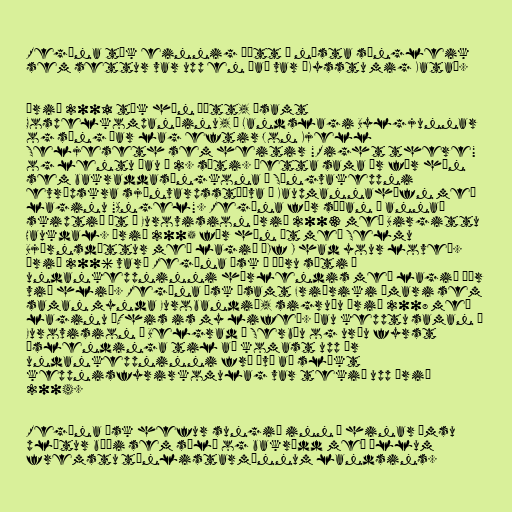
Regína tók einnig þátt í næsta söngleik
sem settur var upp en það var „Kysstu mig Kata“.

Árið 2001 tók hún þátt, ásamt
Gospelkompaníinu, í Landslagi Bylgjunnar
og söng þar lag eftir Jon Kjell
Seljeseth sem heitir "Right there"
og lentu þau í 2. sæti. Þetta sama ár fór hún
sem bakraddasöngkona í Söngvakeppni
evrópskra sjónvarpsstöðva í Kaupmannahöfn með
laginu "Angel". Regína fór síðan í annað
skiptið út í Eurovision árið 2003 með Birgittu
Haukdal. Árið 2005 fór hún út með Selmu
Björnsdóttur með lagið „If I had your love“.
Árið 2006 varð Regína Ósk í öðru sæti í
undankeppninni hérlendis með lagið Þér
við hlið. Regína Ósk ásamt Friðriki Ómari sem
saman mynda Eurobandið, sigruðu árið 2008 með
laginu „This is my life“. Þau kepptu saman í
Eurovision í Belgrad í Serbíu og urðu fyrst
Íslendinga til að komast upp úr
undankeppninni frá því að slíkt
keppnisfyrirkomulag var tekið upp árið
2004.

Regína Ósk hefur sungið inn á hinar ýmsu
plötur bæði sem sóló og bakrödd með öllum
fremstu tónlistarmönnum landsins.